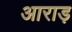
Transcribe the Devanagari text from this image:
आराड़